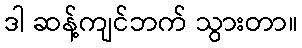
ဒါ ဆန့်ကျင်ဘက် သွားတာ။